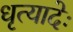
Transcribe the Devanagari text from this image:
धृत्यादेः